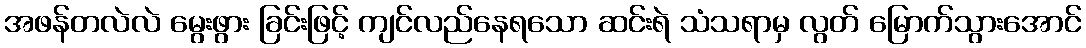
အဖန်တလဲလဲ မွေးဖွား ခြင်းဖြင့် ကျင်လည်နေရသော ဆင်းရဲ သံသရာမှ လွတ် မြောက်သွားအောင်